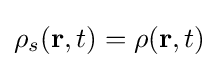
\rho _{s}(\mathbf {r} ,t)=\rho (\mathbf {r} ,t)